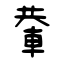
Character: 輂